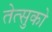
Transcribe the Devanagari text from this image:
तेत्सुको